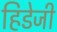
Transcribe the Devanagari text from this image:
हिडेजी